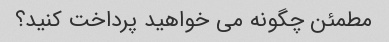
مطمئن چگونه می خواهید پرداخت کنید؟